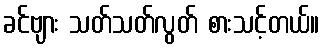
ခင်ဗျား သတ်သတ်လွတ် စားသင့်တယ်။